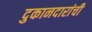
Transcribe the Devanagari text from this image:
दुकानदारांची